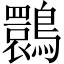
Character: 䴉